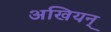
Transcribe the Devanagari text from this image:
अखियन्